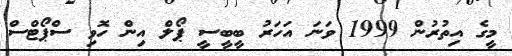
މީގެ އިތުރުން 1999 ވަނަ އަހަރު ބީބީސީ ޕޯލް އިން ހޮވި ސްޕޯޓްސް